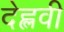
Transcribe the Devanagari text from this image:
देह्लवी